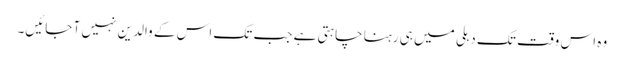
وہ اس وقت تک دہلی میں ہی رہنا چاہتی ہے جب تک اس کے والدین نہیں آ جائیں۔